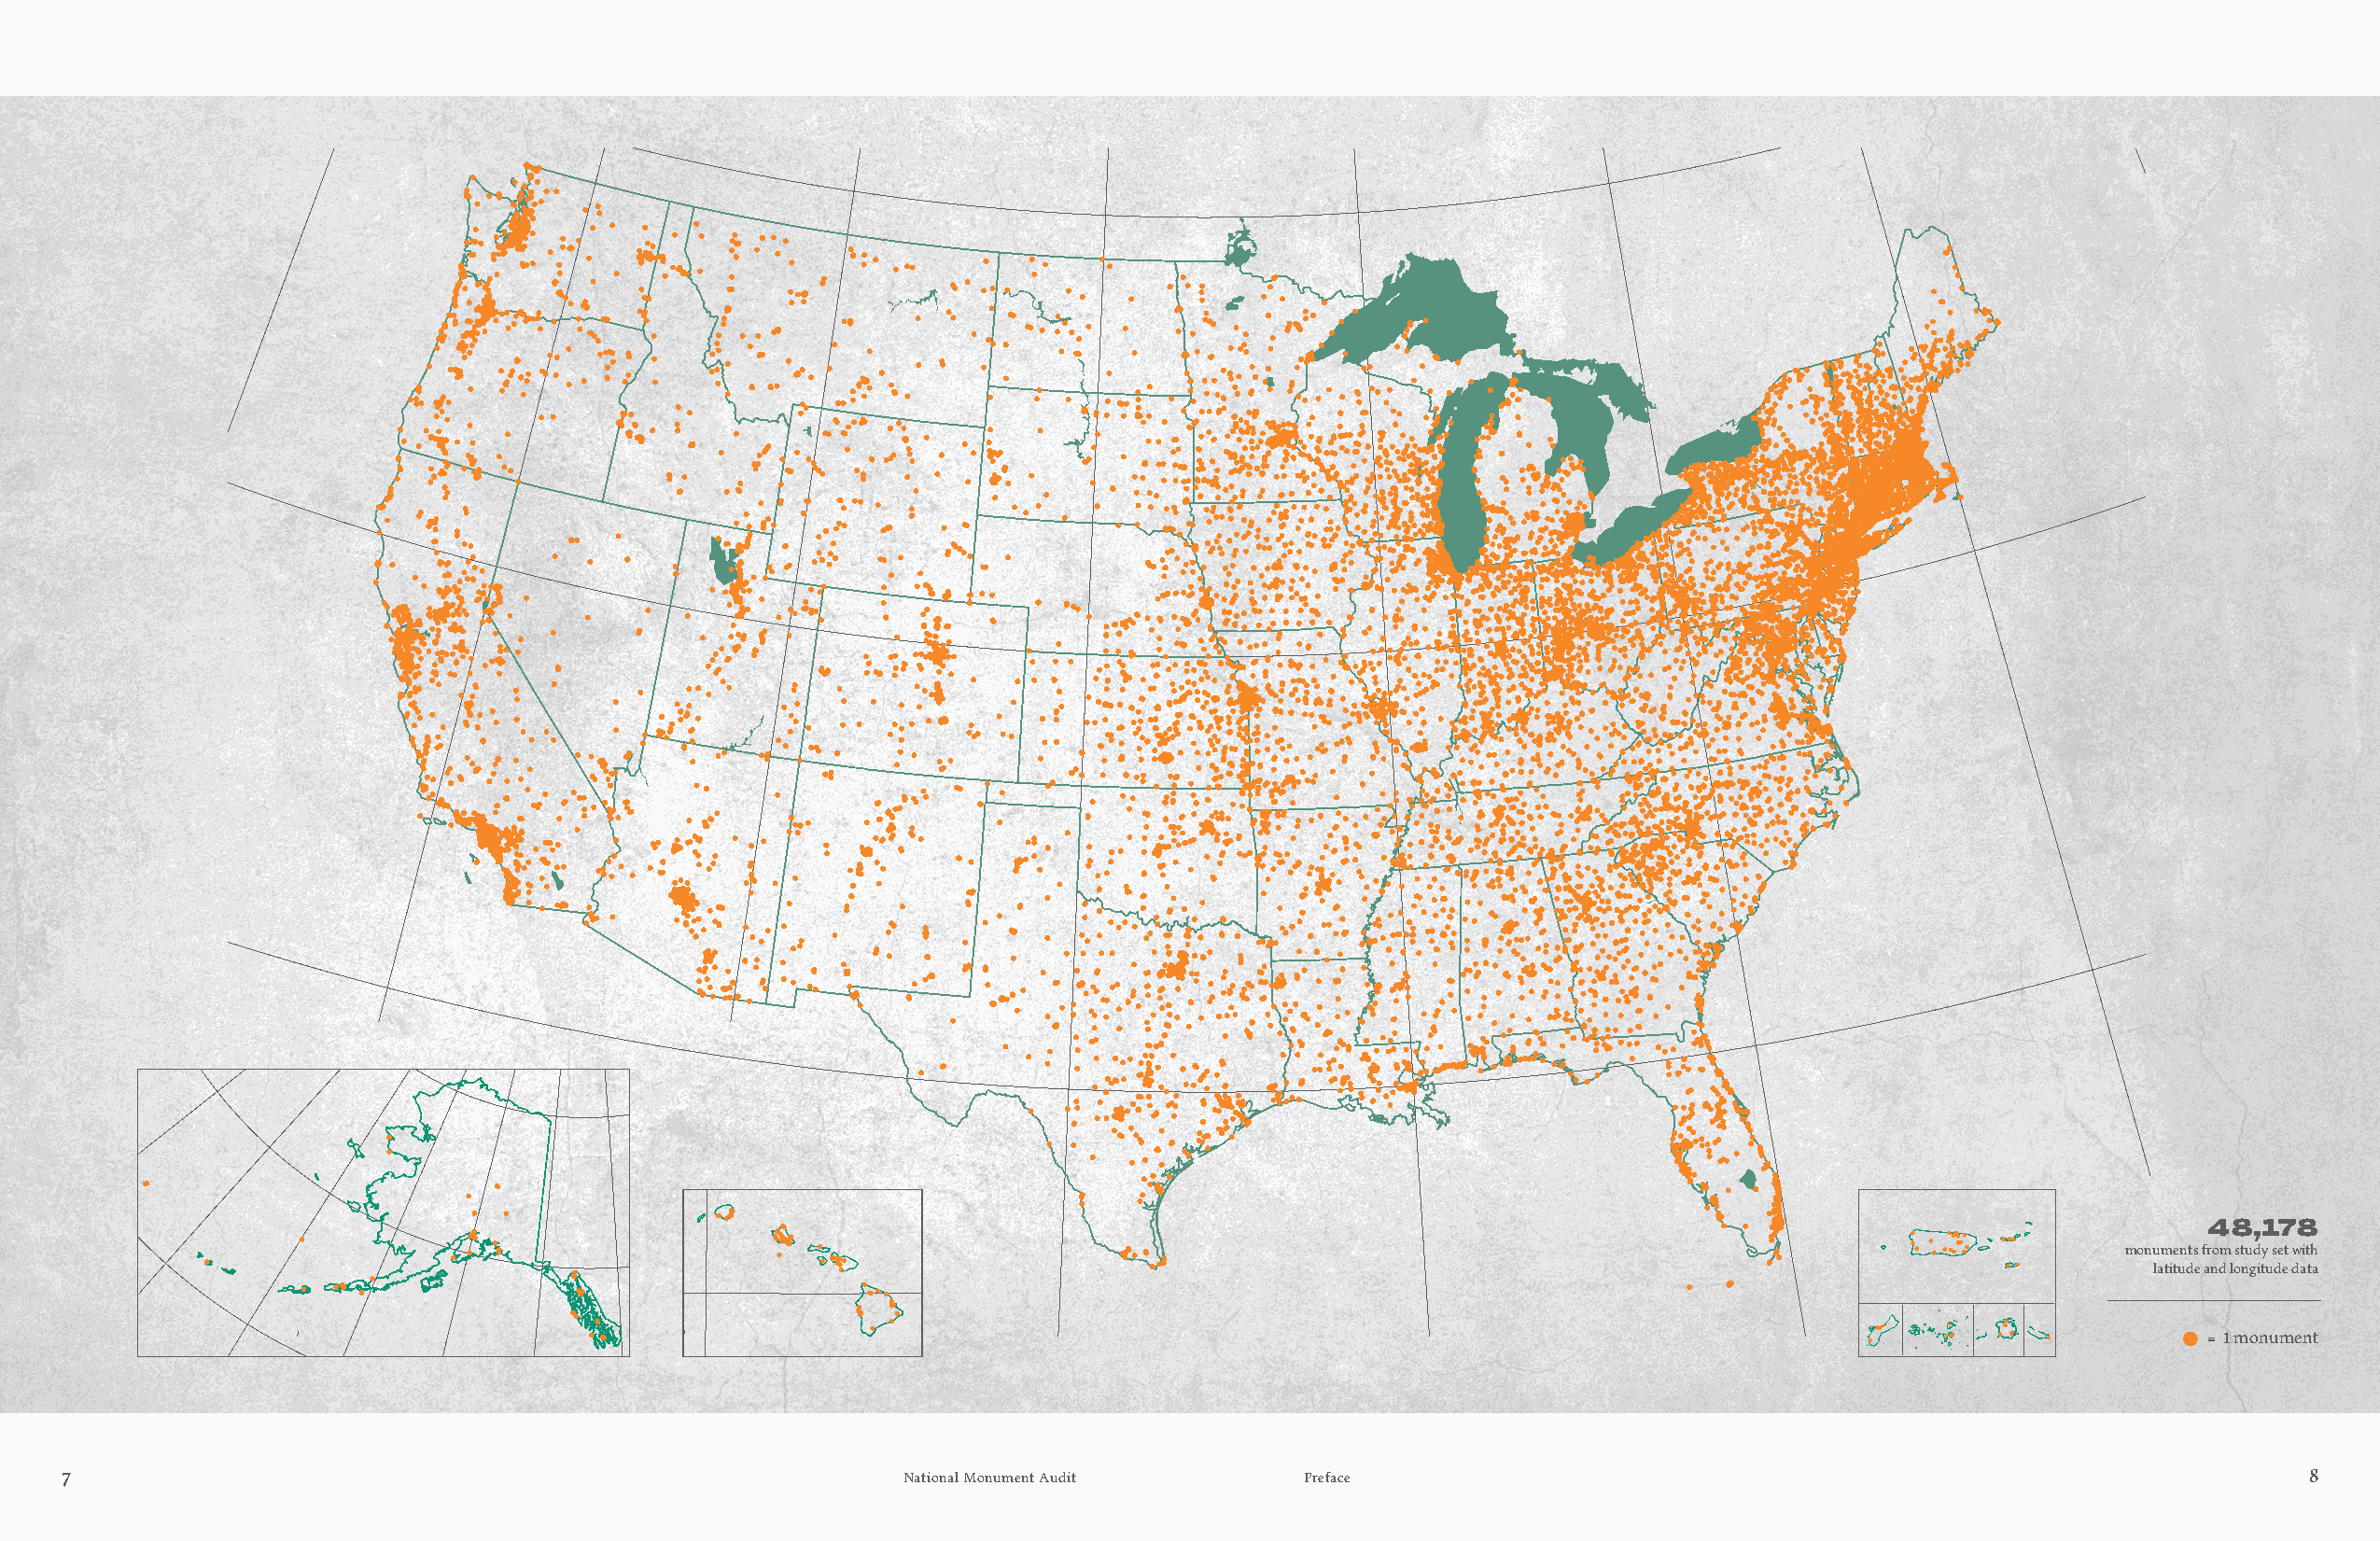
48,178
 monuments from study set with
 latitude and longitude data
 = 1 monument
 7                                                           National Monument Audit     Preface                                                                 8